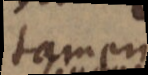
tamen